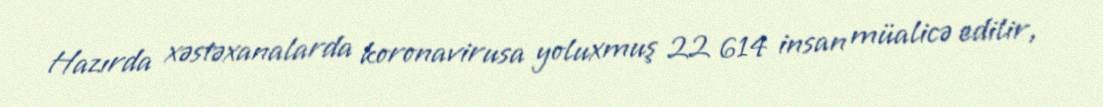
Hazırda xəstəxanalarda koronavirusa yoluxmuş 22 614 insan müalicə edilir,